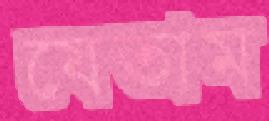
যেতাম